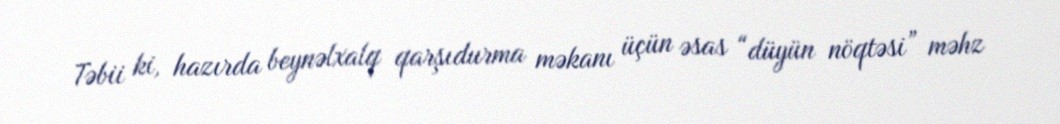
Təbii ki, hazırda beynəlxalq qarşıdurma məkanı üçün əsas “düyün nöqtəsi” məhz